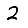
Digit: 2